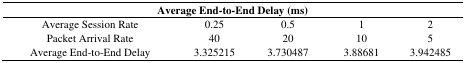
<table><thead><tr><td colspan="5"><b>Average End-to-End Delay (ms)</b></td></tr></thead><tbody><tr><td>Average Session Rate</td><td>0.25</td><td>0.5</td><td>1</td><td>2</td></tr><tr><td>Packet Arrival Rate</td><td>40</td><td>20</td><td>10</td><td>5</td></tr><tr><td>Average End-to-End Delay</td><td>3.325215</td><td>3.730487</td><td>3.88681</td><td>3.942485</td></tr></tbody></table>